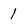
Character: 1